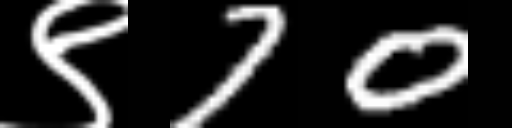
Text: ९70